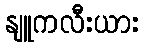
နျူကလီးယား